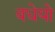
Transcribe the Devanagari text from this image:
वधेयो